system: You are a helpful assistant.
user:
Analyze the provided spectrum to determine if it is a **M-type Giant (gM)**.

A M-type Giant spectrum is defined by its **strong molecular absorption** features, particularly from **Titanium Oxide (TiO)**. You must check for one of the following mutually exclusive signatures:

- **Key Visual Indicators (Absorption-Dominated Spectrum):**

    - **(Primary):** The spectrum is dominated by strong molecular absorption from **Titanium Oxide (TiO)**. This is the **defining feature** of its M-type temperature class.
        - **(Key Bandheads):** Look for sharp, "saw-tooth" absorption valleys. The strongest are located near **~7050 Å**, **~6160 Å**, and **~5170 Å**.
        - **(Line Profile):** The "saw-tooth" morphology is critical: a **sharp, steep drop on the BLUE (short-wavelength) side** of the bandhead, followed by a gradual recovery (rising flux) towards the RED (long-wavelength) side.

    - **(Key Confirmation - Giant vs. Dwarf):** **ABSENCE** of strong **Calcium Hydride (CaH)** molecular bands. This is the primary diagnostic for *excluding* M-dwarfs.
        - **(Key Region):** The spectrum should lack the strong, broad absorption band seen in dwarfs between **~6800 Å and ~7000 Å**.

    - **(Secondary Confirmation - Giant):** A very strong and broad **Neutral Calcium (Ca I)** atomic absorption line.
        - **(Key Line):** Located at **~4226 Å**. In a giant (gM), this line is significantly deeper and broader than the same line in an M-dwarf (dM) due to low surface gravity.

    - **(Overall Spectrum):**
        - The continuum is **extremely red-sloping** (i.e., flux is very low in the blue and rises dramatically towards the red).
        - The entire spectrum appears "chopped up" by the deep TiO bands.

Think first, call **spectral_visualization_tool** if needed to examine features in detail, then provide your final answer. Your response must adhere to the following strict rules:
1.  **Overall Structure:** Your response must follow the format `<think>...</think> <tool_call>...</tool_call> (if a tool is used) <answer>...</answer>`.
2.  **Tool Usage Constraint:** You may only make **one** tool call per turn.
3.  **Final Answer Format:** In the `<answer>` tag, your conclusion must be inside a `\boxed{}` command (e.g., `\boxed{YES}` or `\boxed{NO}`), followed by your justification.

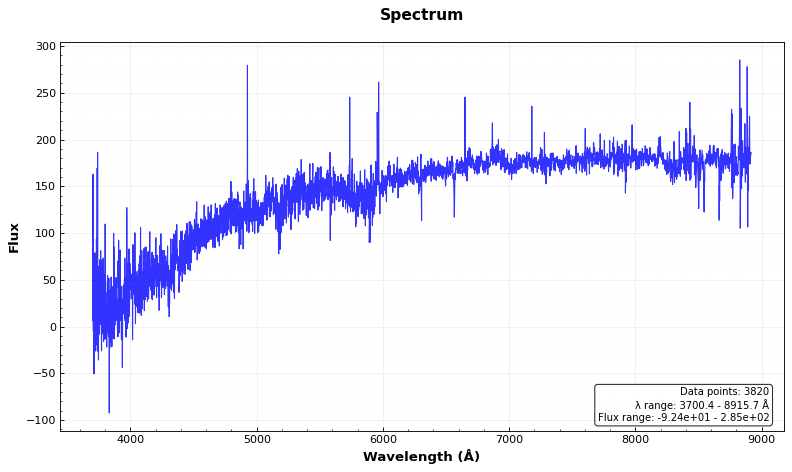
Answer: NO